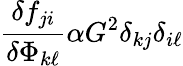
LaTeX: \frac{\delta f_{ji}}{\delta\Phi_{k\ell}}\alpha G^{2}\delta_{kj}\delta_{i\ell}